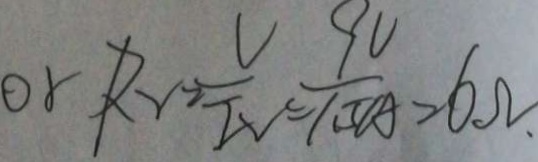
o r R r = \frac { V } { I V } = \frac { 9 V } { 1 . 5 A } = 6 \Omega .